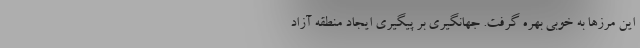
این مرزها به خوبی بهره گرفت. جهانگیری بر پیگیری ایجاد منطقه آزاد